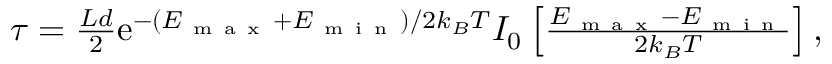
\begin{array} { r } { \tau = \frac { L d } { 2 } \mathrm { e } ^ { - ( E _ { \mathrm { ~ m ~ a ~ x ~ } } + E _ { \mathrm { ~ m ~ i ~ n ~ } } ) / 2 k _ { B } T } I _ { 0 } \left[ \frac { E _ { \mathrm { ~ m ~ a ~ x ~ } } - E _ { \mathrm { ~ m ~ i ~ n ~ } } } { 2 k _ { B } T } \right] , } \end{array}